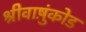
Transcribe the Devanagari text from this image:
श्रीवाष़ुंकोड